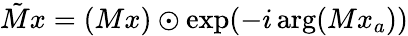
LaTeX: \tilde{M}x=(Mx)\odot\exp(-i\arg(Mx_{a}))